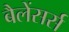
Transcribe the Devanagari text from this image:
बैलेंसर्स